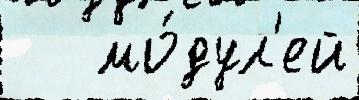
   мо́дул'ей